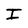
Character: J